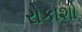
રોકાશો